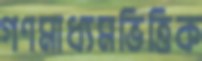
গণমাধ্যমভিত্তিক